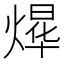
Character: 𮳴